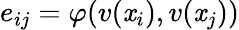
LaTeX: e_{ij}=\varphi(v(\mathit{x}_{i}),v(\mathit{x}_{j}))